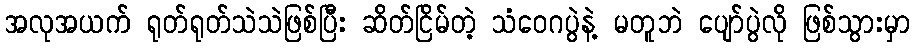
အလုအယက် ရုတ်ရုတ်သဲသဲဖြစ်ပြီး ဆိတ်ငြိမ်တဲ့ သံဝေဂပွဲနဲ့ မတူဘဲ ပျော်ပွဲလို ဖြစ်သွားမှာ